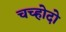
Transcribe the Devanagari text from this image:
चच्होदो